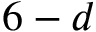
6 - d